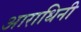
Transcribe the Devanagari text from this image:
आराधिनी